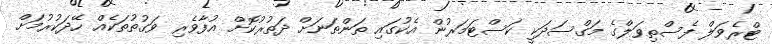
ޓްރެވަލް ފެސްތިވަލްގެ މަގްސަދަކީ ކަސްޓަމަރުން އެކުގައި ތަންތަނަށް ދަތުރުކޮށް އުފާވެރި ވަގުތުތަކެއް ހޭދަކުރުމަށް